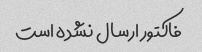
فاکتور ارسال نشده است